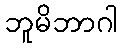
ဘူမိဘာဂါ